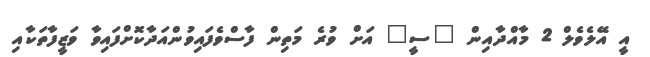
އީ އޭލެވެލް 2 މާއްދާއިން "ސީ" އަށް ވުރެ މަތިން ފާސްވެފައިވުންއަދާކޮށްފައިވާ ވަޒީފާތަކާއި